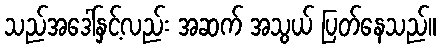
သည်အဒေါ်နှင့်လည်း အဆက် အသွယ် ပြတ်နေသည်။